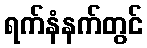
ရက်နံနက်တွင်